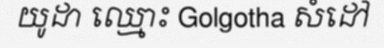
យូដា ឈ្មោះ Golgotha សំដៅ